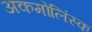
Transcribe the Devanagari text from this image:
अकमोलिंस्क